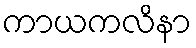
ကာယကလိနာ